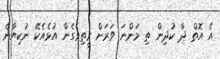
އެ އޮތް ދާ ކުދިން ތި މަންނަ ވަރަށް ރީތިވެގެން އުޅެއެކޭ ނުކިޔާނެ